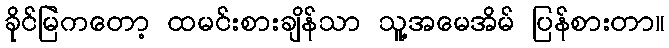
ခိုင်မြဲကတော့ ထမင်းစားချိန်သာ သူ့အမေအိမ် ပြန်စားတာ။